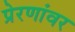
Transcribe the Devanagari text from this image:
प्रेरणांवर